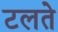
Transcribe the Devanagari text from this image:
टलते